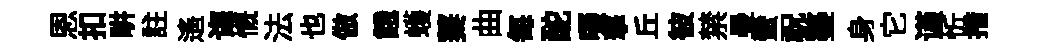
恩扣畊註遥诲慨法也倣餓蠖萋曲每酡啜撃丘彼禁曼蠻祝鏊身它谨忻措